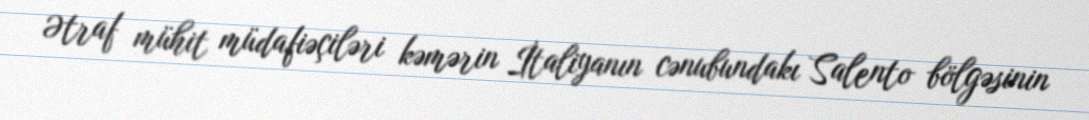
Ətraf mühit müdafiəçiləri kəmərin İtaliyanın cənubundakı Salento bölgəsinin